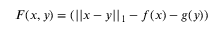
F ( x , y ) = ( | | x - y | | _ { 1 } - f ( x ) - g ( y ) )